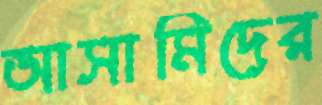
আসামিদের